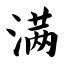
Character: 满